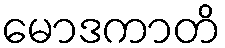
မောဒကာတိ